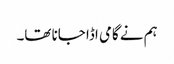
ہم نے گامی اڈا جانا تھا۔